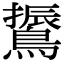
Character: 䳲